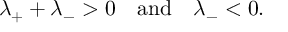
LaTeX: \lambda _ { + } + \lambda _ { - } > 0 \quad \mathrm { a n d } \quad \lambda _ { - } < 0 .